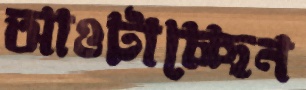
আওটাচ্ছেন